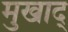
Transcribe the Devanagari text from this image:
मुखाद्